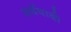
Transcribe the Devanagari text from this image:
अर्थवादो